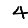
Digit: 4